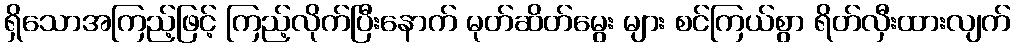
ရှိသောအကြည့်ဖြင့် ကြည့်လိုက်ပြီးနောက် မုတ်ဆိတ်မွေး များ စင်ကြယ်စွာ ရိတ်လှီးထားလျက်